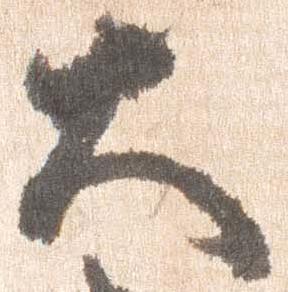
大